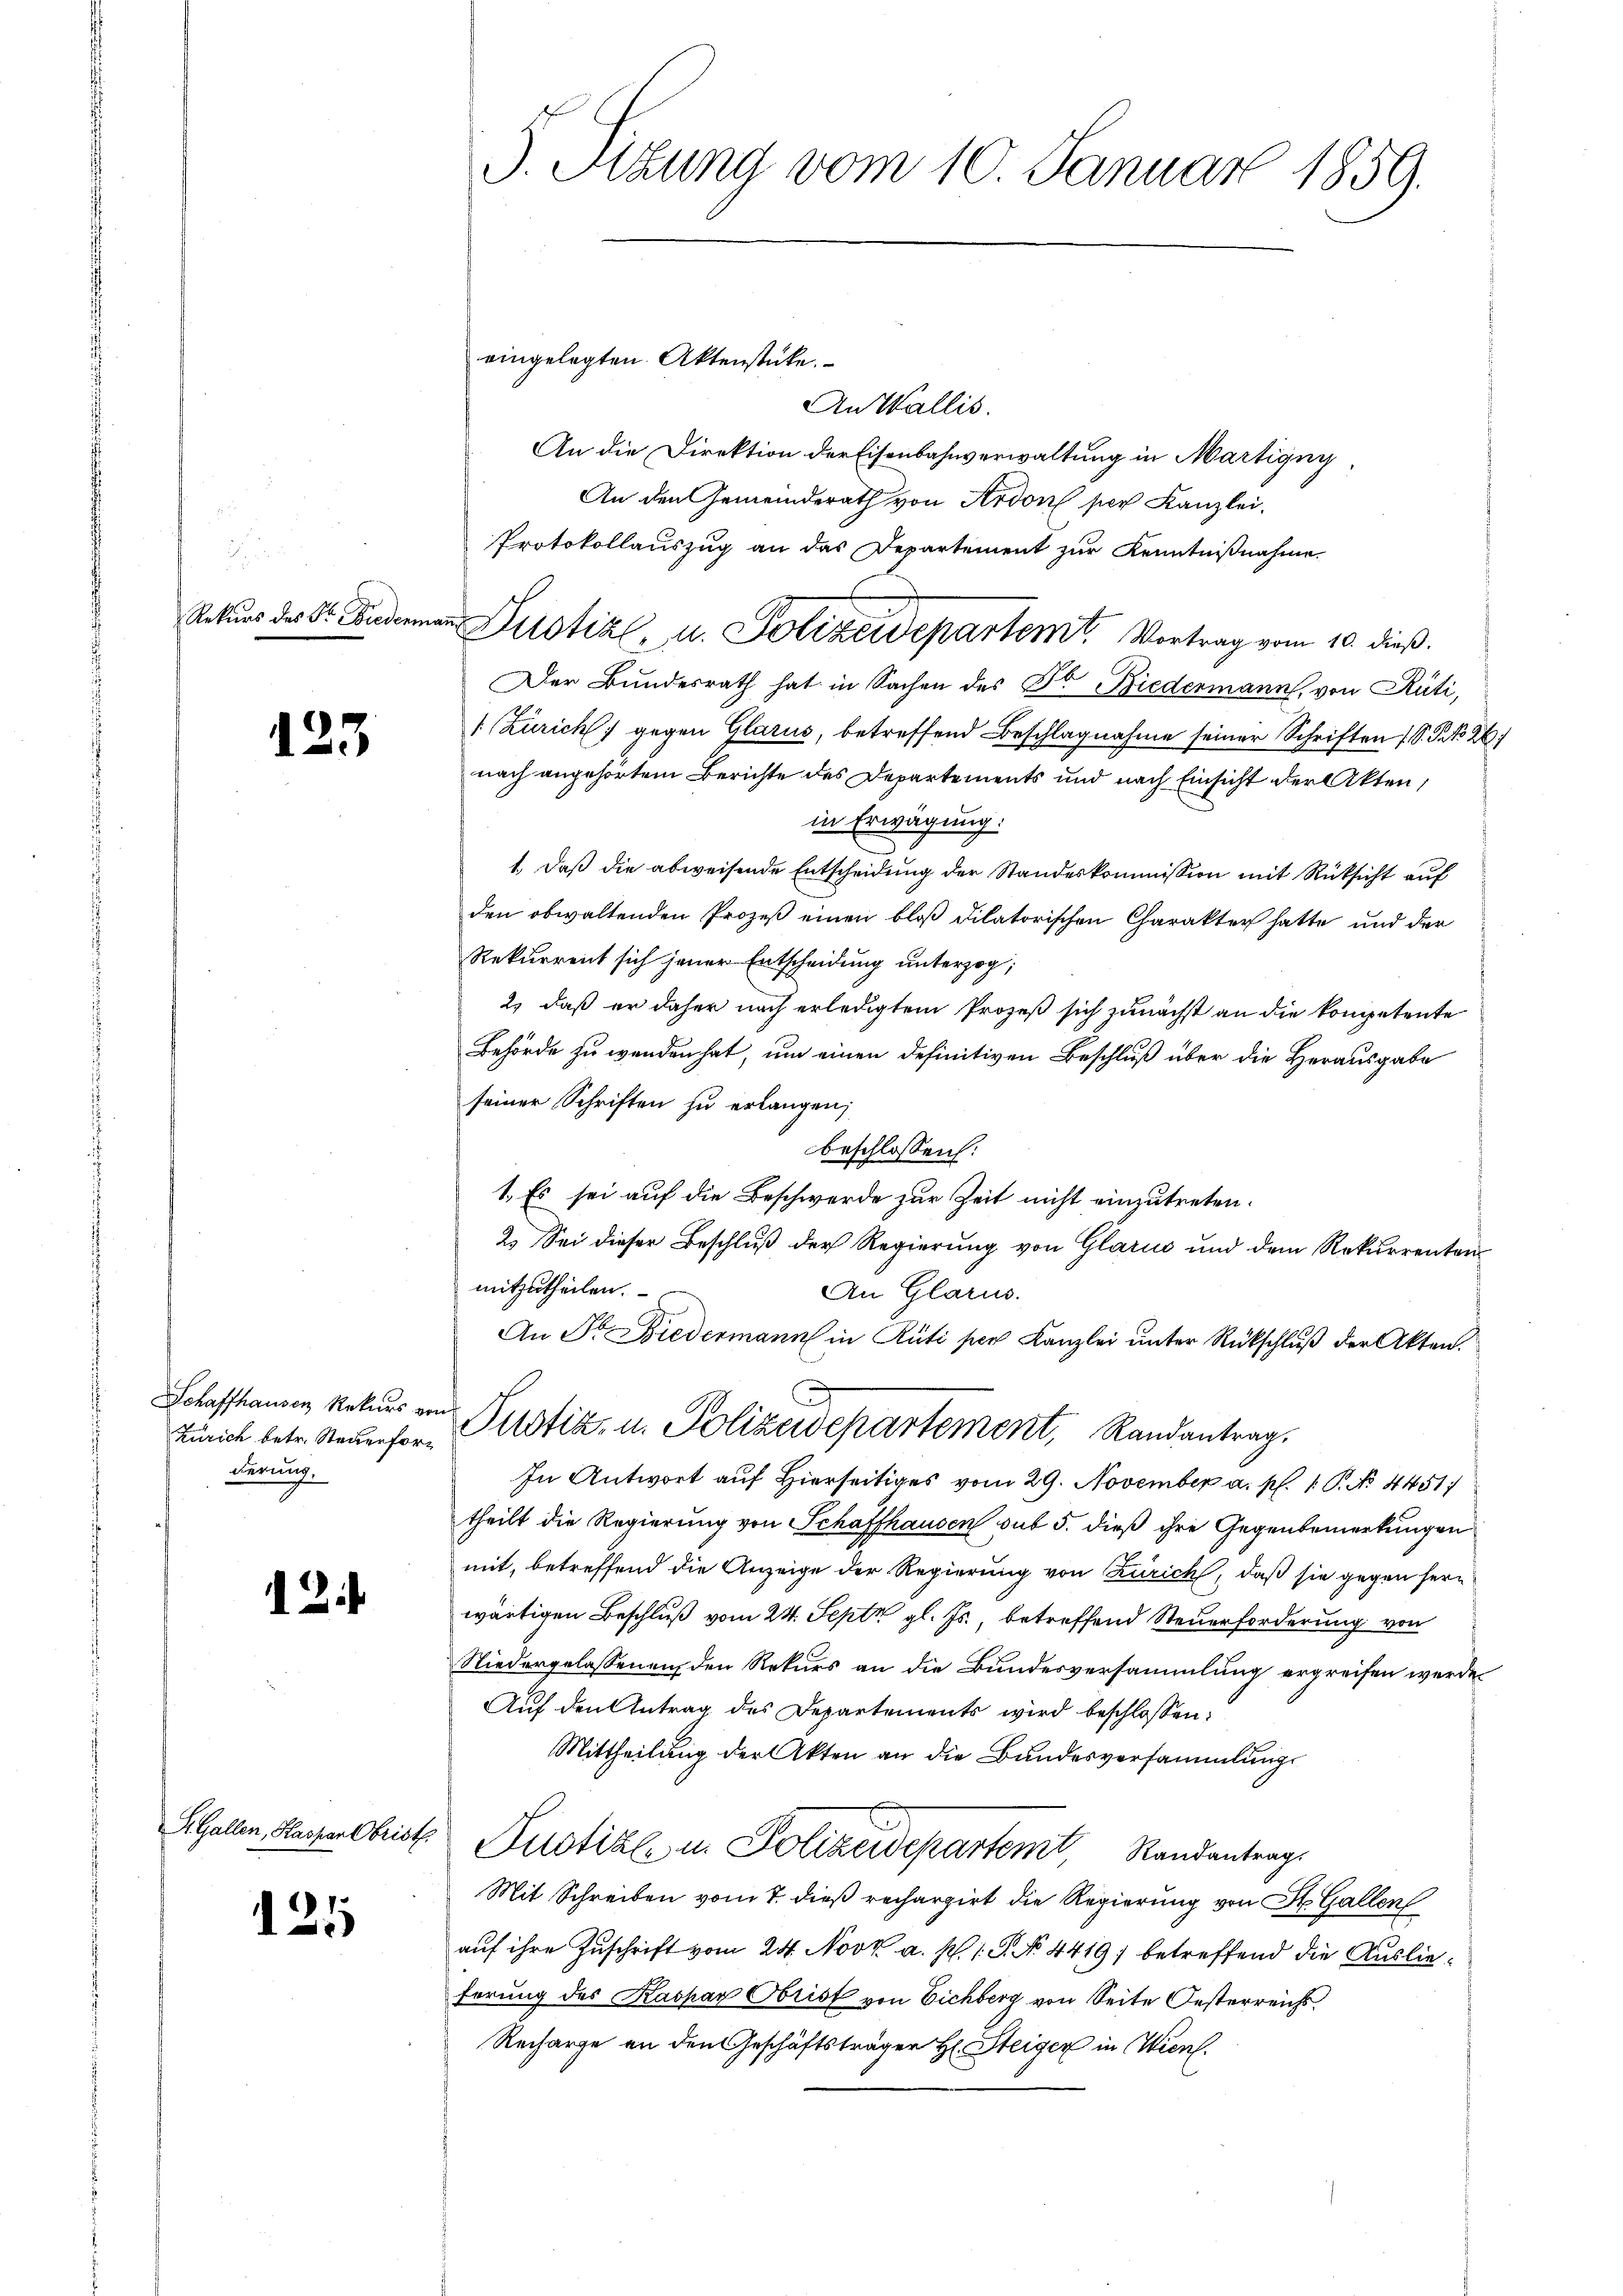
.

123

Schaffhausen Rekurs von
derung.

24

S. Gallen, Hassan Obrist.

121

eingelegten Aktenstücke.
An Wallis.
An die Direktion der Eisenbahnverwaltung in Martigny
An den Gemeinderath von Ardon per Kanzlei.
Protokollauszug an das Departement zur Kenntnißnahme.
Der Bundesrath hat in Sachen des Dr. Biedermann, von Rüti,
1 (Zürich) gegen Glarus, betreffend Beschlagnahme seiner Schriften (S. S. 26
nach angehörtem Berichte des Departements und nach Einsicht der Akten,
in Erwägung:
1.) Daß die abweisende Entscheidung der Standeskommission mit Rücksicht auf
den obwaltenden Prozeβ einen bloß dilatorischen Charakter hatte und der
Rekurrent sich jener Entscheidung unterzog;
2) daß er daher nach erledigtem Prozeß sich zunächst an die kompetente
Behörde zu wenden hat, um einen definitiven Beschluß über die Herausgabe
seiner Schriften zu erlangen;
beschlossen:
1. Es sei auf die Beschwerde zur Zeit nicht einzutreten.
2. Sei dieser Beschluß der Regierung von Glarus und dem Rekurrenten
mitzutheilen.
An Glarus.
An Fr. Biedermann in Rüti per Kanzlei unter Rückschluß der Akten.
Zürich betr. Neuerfor- Plotitz- u. Polizeidepartement, Randantrag,
In Antwort auf Hierseitiges vom 29. November a. p. 1. P. No 4451)
theilt die Regierung von Schaffhausen sub 5. dieß ihre Gegenbemerkungen
mit, betreffend die Anzeige der Regierung von Zürich, daß sie gegen herwärtigen Beschluß vom 24. Sept gl. Js., betreffend Steuerforderung von
Niedergelassenen den Rekurs an die Bundesversammlung ergreifen werde
Aŭf den Antrag des Departements wird beschlossen:
Mittheilung der Akten an die Bundesversammlung
Justiz in Folgendepartem Randantrags
Mit Schreiben vom 7. dieß rechargirt die Regierung von St. Gallen
auf ihre Zuschrift vom 24. Novk a. p. 1. No 4419; betreffend die Auslieferung des Kaspar Obrist von Eichberg von Seite Oesterreichs
Recharge an den Geschäftsträger H. Steiger in Wien.

J. Sitzung vom 10. Januar 1859.

Rekŭrs des Dr. Badenen Dustiz, u. Polizeidepartem Vortrag vom 10. dieß.